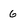
Character: 6